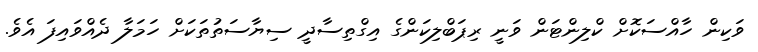
ވަކިން ހާއްސަކޮށް ކްލިންޓަން ވަނީ ރިޕަބްލިކަންގެ އިގްތިސާދީ ސިޔާސަތުތަކަށް ހަމަލާ ދެއްވައިފަ އެވެ.